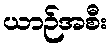
ယာဉ်အစီး